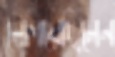
লেপিয়েছিলেন